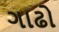
ગાઢો